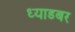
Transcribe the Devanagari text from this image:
ध्याडबर